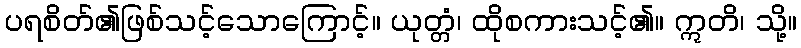
ပရစိတ်၏ဖြစ်သင့်သောကြောင့်။ ယုတ္တံ၊ ထိုစကားသင့်၏။ ဣတိ၊ သို့။